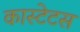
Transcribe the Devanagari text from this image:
कास्टेटस